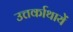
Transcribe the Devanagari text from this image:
उत्तर्काथायें